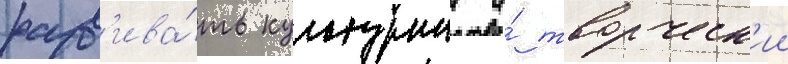
разв'ива́ть культурныи и́ творческ'ии